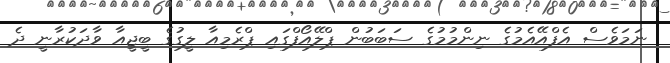
ނަމަވެސް އެފްއޭއެމުގެ ނިންމުމުގެ ސަބަބުން ޕްލޭއޯފްގައި ޕްރެމިއާ ލީގުގެ ބީޖީއާ ވާދަކުރާނީ ދެ